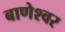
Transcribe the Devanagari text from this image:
बाणेश्‍वर